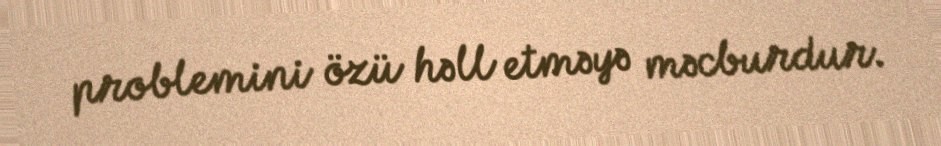
problemini özü həll etməyə məcburdur.